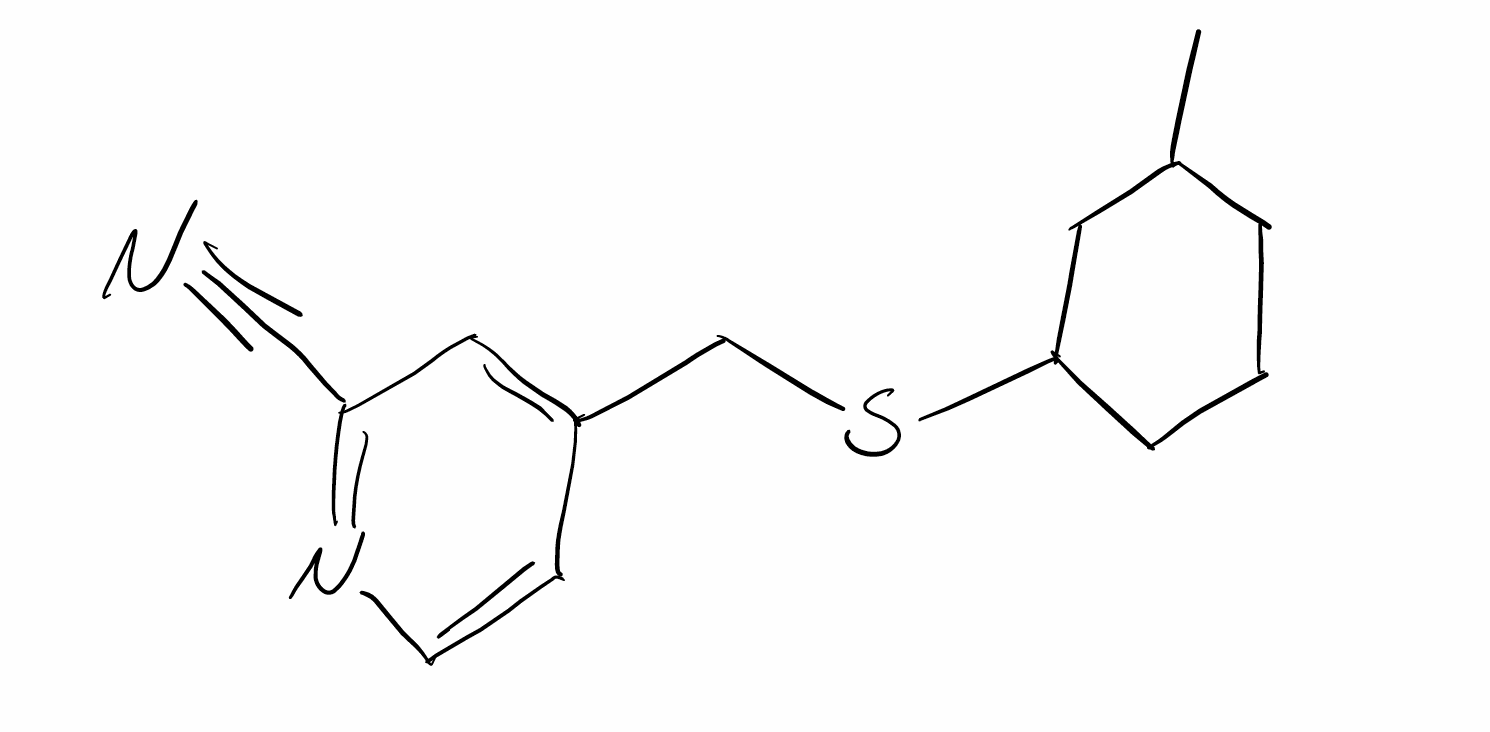
Simplified molecular-input line-entry system (SMILES) notation of the given molecule:
CC1CCCC(C1)SCC2=CC(=NC=C2)C#N